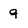
Character: g